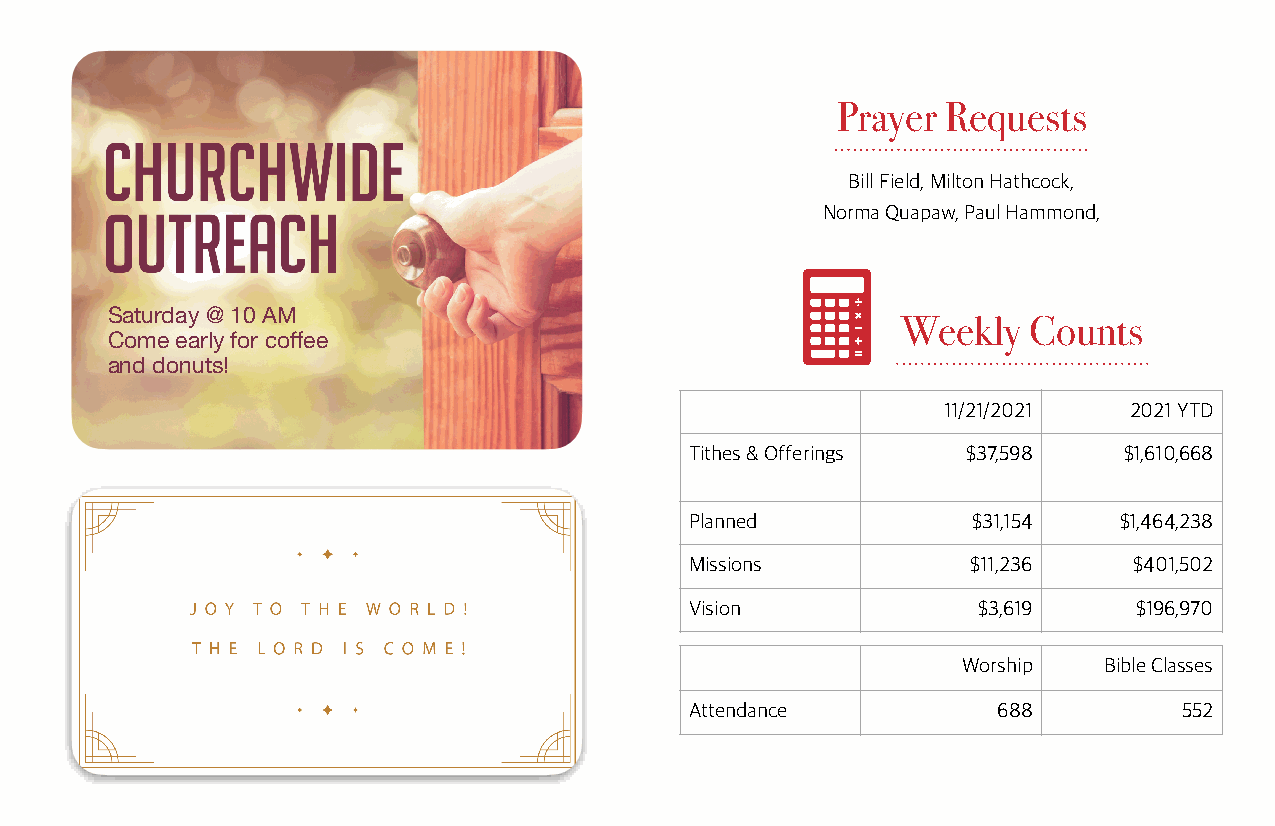
Prayer  Requests
 Bill Field, Milton Hathcock,
 Norma Quapaw, Paul Hammond,
 Saturday @ 10 AM
 Weekly  Counts
 Come early for coffee
 and donuts!
 11/21/2021   2021 YTD
 Tithes & Offerings $37,598  $1,610,668
 Planned           $31,154   $1,464,238
 Missions          $11,236    $401,502
 Vision             $3,619    $196,970
 Worship  Bible Classes
 Attendance          688         552